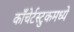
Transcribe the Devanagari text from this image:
काँचेर्टस्टुकमध्ये